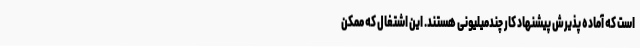
است که آماده پذیرش پیشنهاد کار چندمیلیونی هستند. این اشتغال که ممکن